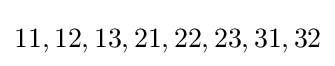
11,12,13,21,22,23,31,32